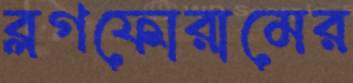
ব্লগফোরামের